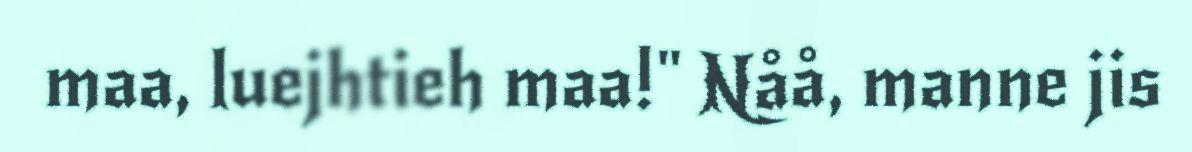
maa, luejhtieh maa!" Nåå, manne jis